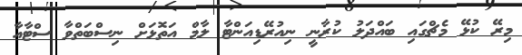
މިރޭ ކުޅޭ މެޗްގައި ބައްދަލު ކުރާނީ ނިއުރޭޑިއަންޓާ ލާމް އަތޮޅަށް ނިސްބަތްވާ ސްޓާއާ